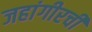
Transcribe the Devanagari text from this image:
जहांगीरची